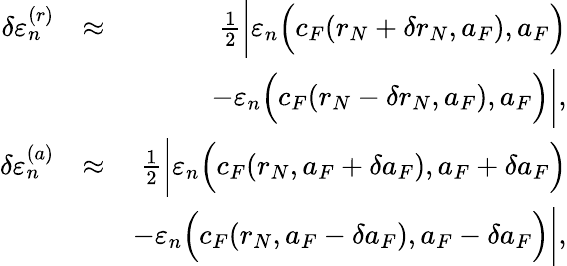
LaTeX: \begin{array}{rlr}{\delta\varepsilon_{n}^{(r)}}&{\approx}&{\frac{1}{2}\bigg|\varepsilon_{n}\Big(c_{F}(r_{N}+\delta r_{N},a_{F}),a_{F}\Big)}\\ &{}&{-\varepsilon_{n}\Big(c_{F}(r_{N}-\delta r_{N},a_{F}),a_{F}\Big)\bigg|,}\\ {\delta\varepsilon_{n}^{(a)}}&{\approx}&{\frac{1}{2}\bigg|\varepsilon_{n}\Big(c_{F}(r_{N},a_{F}+\delta a_{F}),a_{F}+\delta a_{F}\Big)}\\ &{}&{-\varepsilon_{n}\Big(c_{F}(r_{N},a_{F}-\delta a_{F}),a_{F}-\delta a_{F}\Big)\bigg|,}\end{array}